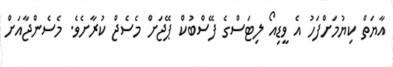
އާޔަތް ކިޔުމަށްފަހު އެ ވީޑިއޯ ލިޓަސްގެ ފޭސްބުކް ޕޭޖަށް މެސެޖް ކުރާށެވެ. މެސެންޖާއަށް